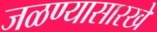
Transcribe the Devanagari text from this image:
जळण्यासारखे